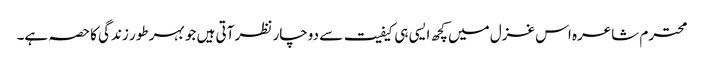
محترم شاعرہ اس غزل میں کچھ ایسی ہی کیفیت سے دوچار نظر آتی ہیں جو بہر طور زندگی کا حصہ ہے۔